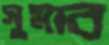
সুমার